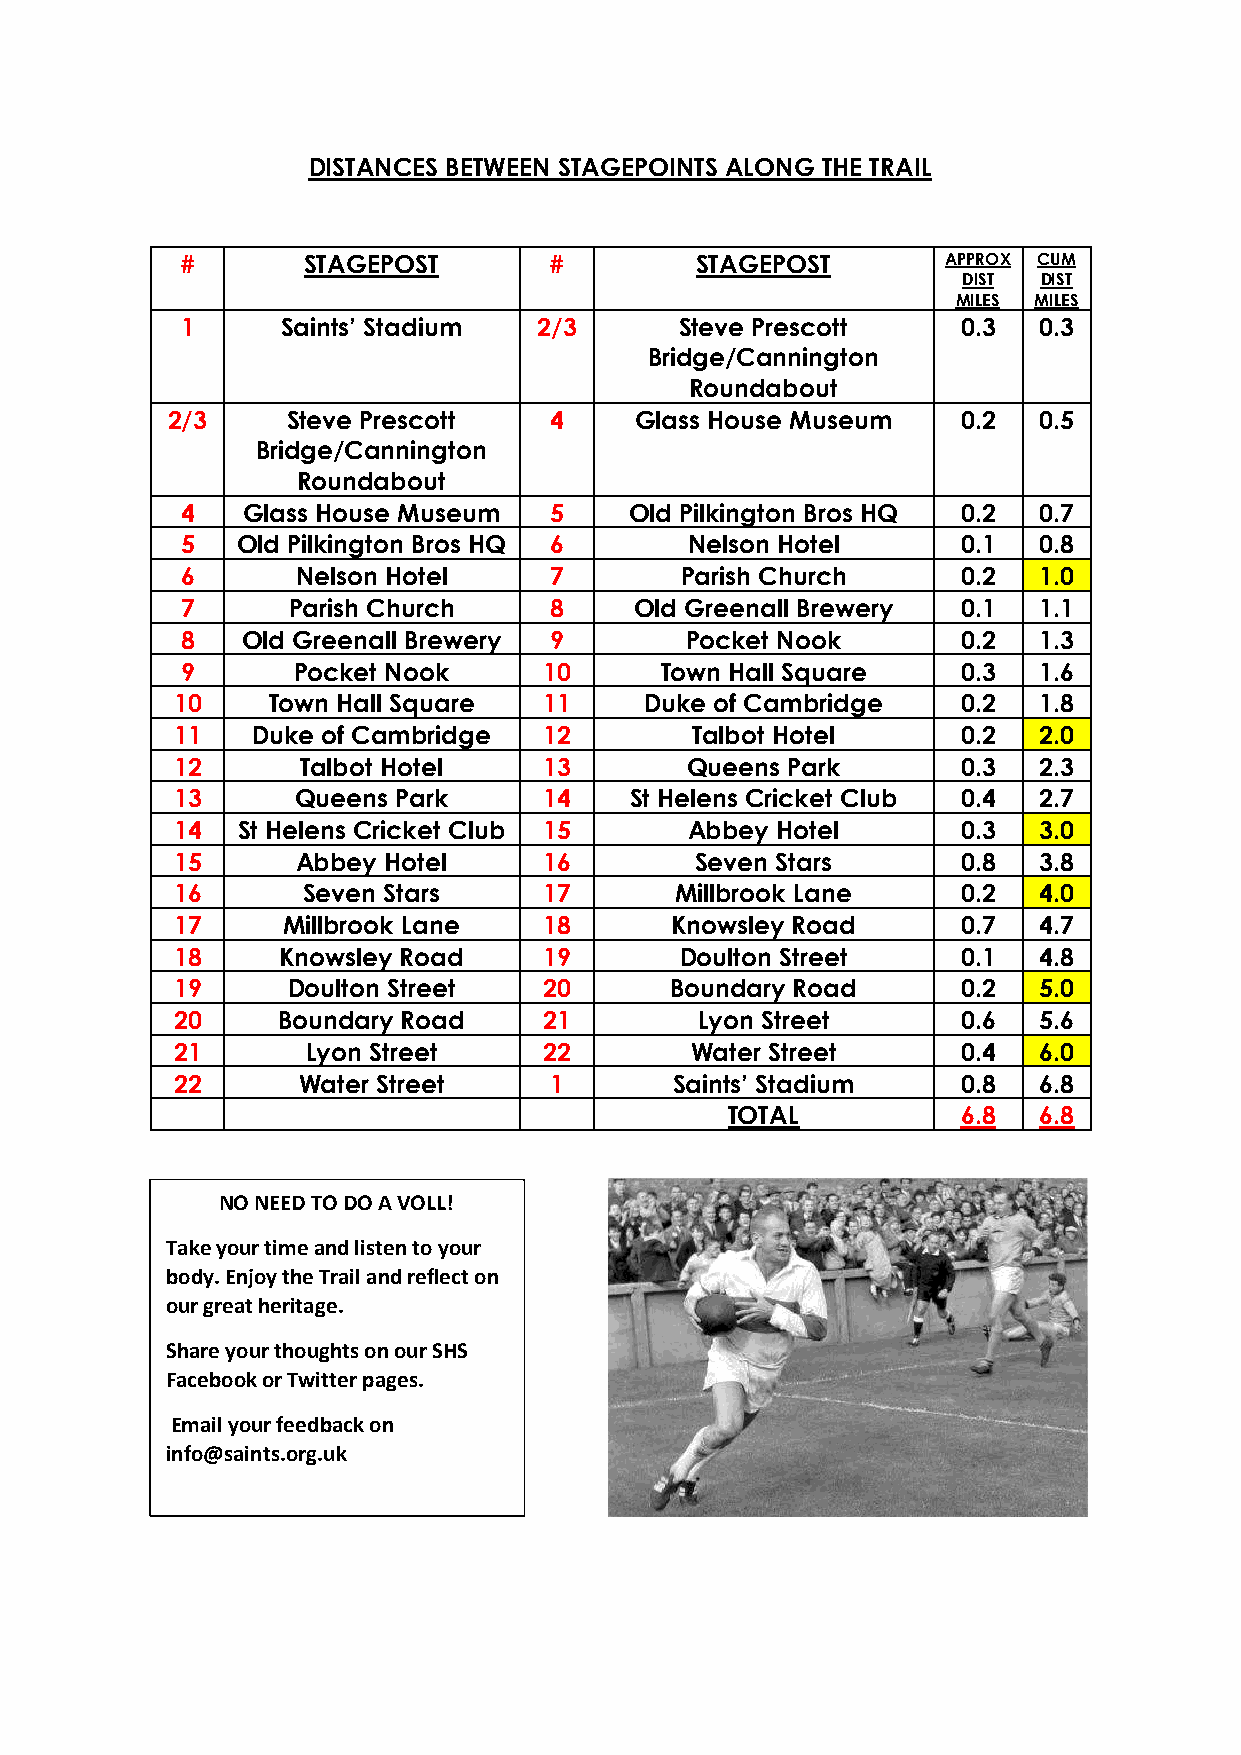
DISTANCES BETWEEN STAGEPOINTS ALONG THE TRAIL
 #       STAGEPOST       #         STAGEPOST        APPROX CUM
 DIST DIST
 MILES MILES
 1      Saints’ Stadium  2/3      Steve Prescott     0.3  0.3
 Bridge/Cannington
 Roundabout
 2/3     Steve Prescott   4     Glass House Museum    0.2  0.5
 Bridge/Cannington
 Roundabout
 4   Glass House Museum  5     Old Pilkington Bros HQ 0.2 0.7
 5   Old Pilkington Bros HQ 6      Nelson Hotel      0.1  0.8
 6       Nelson Hotel    7        Parish Church      0.2  1.0
 7      Parish Church    8     Old Greenall Brewery  0.1  1.1
 8   Old Greenall Brewery 9       Pocket Nook        0.2  1.3
 9      Pocket Nook      10      Town Hall Square    0.3  1.6
 10     Town Hall Square  11     Duke of Cambridge    0.2  1.8
 11    Duke of Cambridge  12        Talbot Hotel      0.2  2.0
 12       Talbot Hotel    13       Queens Park        0.3  2.3
 13       Queens Park     14    St Helens Cricket Club 0.4 2.7
 14   St Helens Cricket Club 15     Abbey Hotel       0.3  3.0
 15       Abbey Hotel     16        Seven Stars       0.8  3.8
 16       Seven Stars     17       Millbrook Lane     0.2  4.0
 17      Millbrook Lane   18      Knowsley Road       0.7  4.7
 18     Knowsley Road     19       Doulton Street     0.1  4.8
 19      Doulton Street   20      Boundary Road       0.2  5.0
 20     Boundary Road     21        Lyon Street       0.6  5.6
 21       Lyon Street     22        Water Street      0.4  6.0
 22       Water Street    1        Saints’ Stadium    0.8  6.8
 TOTAL           6.8  6.8
 NO NEED TO DO A VOLL!
 Take your time and listen to your
 body. Enjoy the Trail and reflect on
 our great heritage.
 Share your thoughts on our SHS
 Facebook or Twitter pages.
 Email your feedback on
 info@saints.org.uk